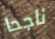
ناجحا